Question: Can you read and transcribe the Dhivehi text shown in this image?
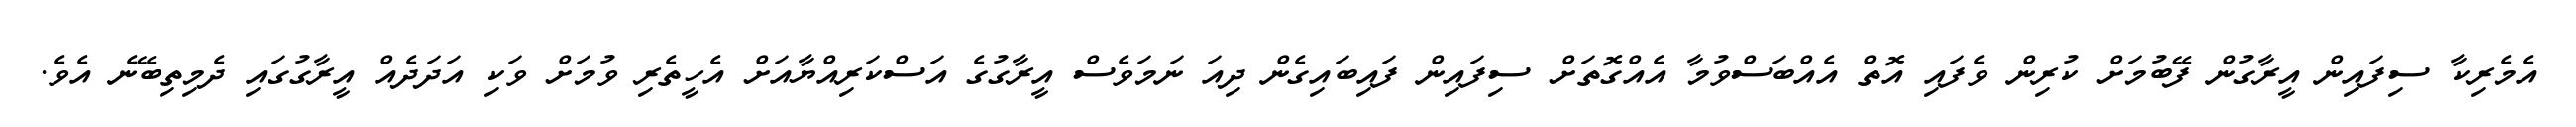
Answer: އެމެރިކާ ސިފައިން އީރާގުން ފޭބުމަށް ކުރިން ވެފައި އޮތް އެއްބަސްވުމާ އެއްގޮތަށް ސިފައިން ފައިބައިގެން ދިއަ ނަމަވެސް އީރާގުގެ އަސްކަރިއްޔާއަށް އެހީތެރި ވުމަށް ވަކި އަދަދެއް އީރާގުގައި ދެމިތިބޭނެ އެވެ.